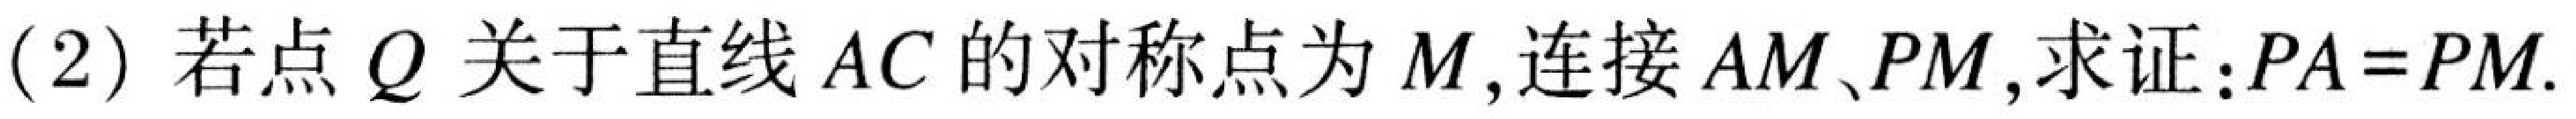
(2) 若点\(Q\)关于直线\(AC\)的对称点为\(M\),连接\(AM、PM\),求证:\(PA = PM\).